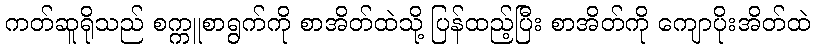
ကတ်ဆူရိုသည် စက္ကူစာရွက်ကို စာအိတ်ထဲသို့ ပြန်ထည့်ပြီး စာအိတ်ကို ကျောပိုးအိတ်ထဲ